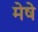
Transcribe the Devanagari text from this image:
मेषे